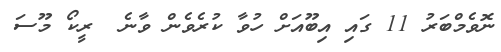
ނޮވެމްބަރު 11 ގައި އިބޫއަށް ހުވާ ކުރެވެން ވާނެ  ރީކޯ މޫސަ